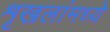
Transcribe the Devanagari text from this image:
शृखलांमध्ये